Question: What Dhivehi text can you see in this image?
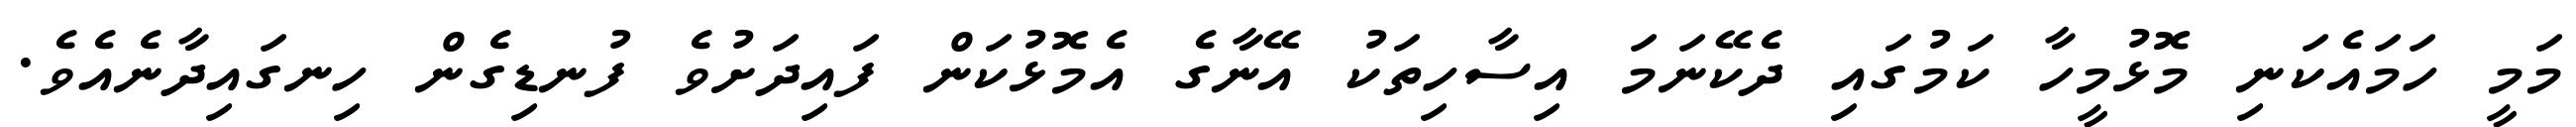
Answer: މަމީ ހަމައެކަނި މޮޅުމީހާ ކަމުގައި ދެކޭނަމަ އިސާހިތަކު އޭނާގެ އެމޮޅުކަން ފައިދަށުވެ ފުނޑިގެން ހިނގައިދާނެއެވެ.